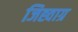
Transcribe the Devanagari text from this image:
जिह्वाग्र